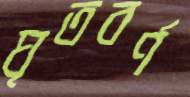
ঘৃতবর্ণ